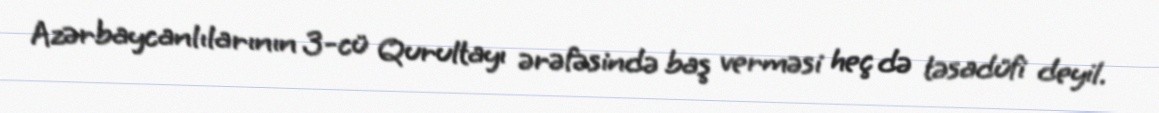
Azərbaycanlılarının 3-cü Qurultayı ərəfəsində baş verməsi heç də təsadüfi deyil.